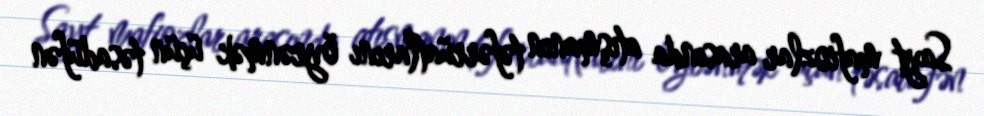
Sayt mafiozlar arasında atışmanın təfərrüatlarını öyrənmək üçün təsadüfən